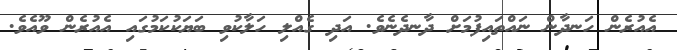
އެއުރެން ހަނދާން ނައްތައިފުމަށް ދާނދެނެވެ. އަދި ގެއްލި ހަލާކުވި ބަޔަކުކަމުގައި އެއުރެން ވޫއެވެ.